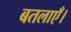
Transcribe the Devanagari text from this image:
बतलाएँ।